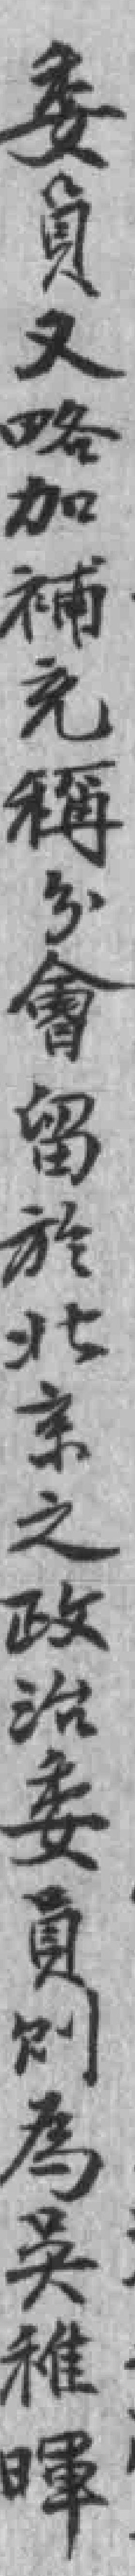
委員又略加補充稱分會留於北京之政治委員则為吳稚暉